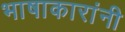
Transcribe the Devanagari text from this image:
भाषाकारांनी